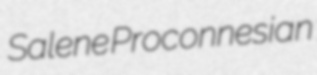
Salene Proconnesian